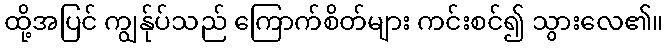
ထို့အပြင် ကျွန်ုပ်သည် ကြောက်စိတ်များ ကင်းစင်၍ သွားလေ၏။